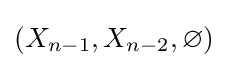
(X_{n-1},X_{n-2},\varnothing )